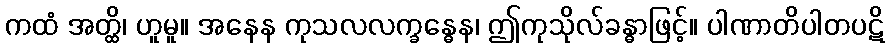
ကထံ အတ္ထိ၊ ဟူမူ။ အနေန ကုသလလက္ခန္ဓေန၊ ဤကုသိုလ်ခန္ဓာဖြင့်။ ပါဏာတိပါတပဋိ